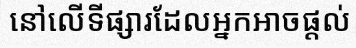
នៅលើទីផ្សារដែលអ្នកអាចផ្តល់